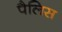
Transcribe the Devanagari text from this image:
पैलिस